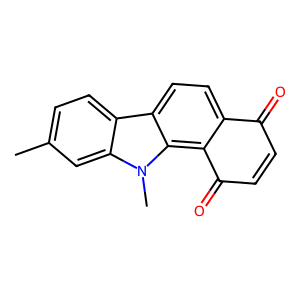
SMILES: Cc1ccc2c3ccc4c(c3n(C)c2c1)C(=O)C=CC4=O
Inhibits HIV replication: No